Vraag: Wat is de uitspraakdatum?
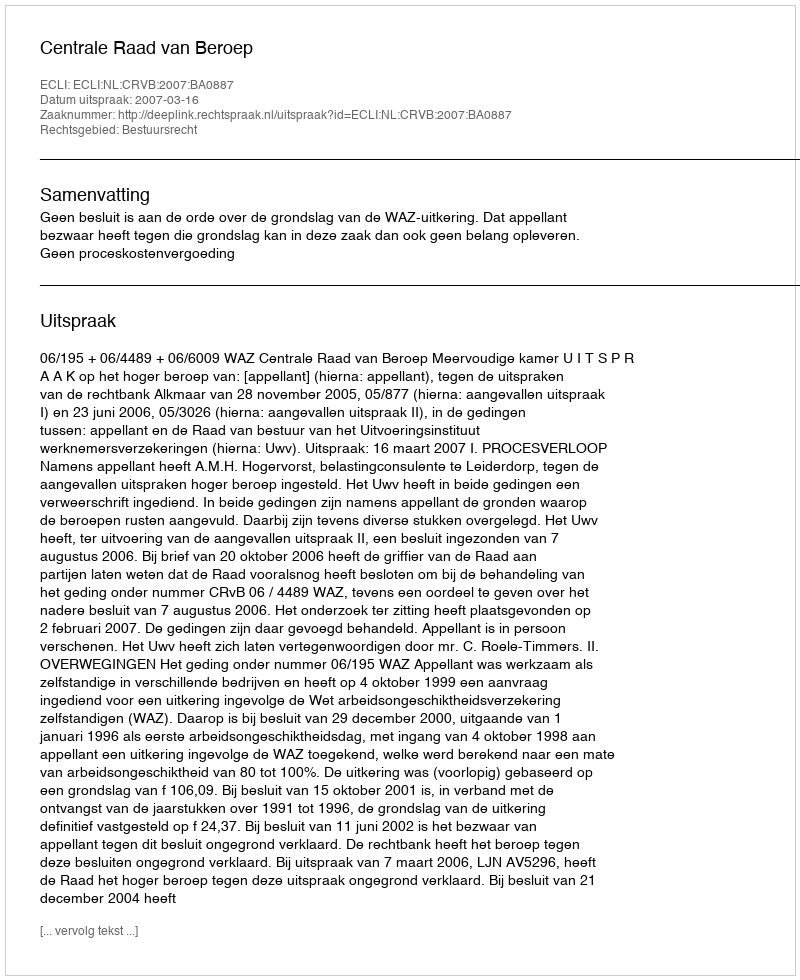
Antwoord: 2007-03-16